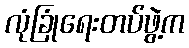
လုံခြုံရေးတပ်ဖွဲ့က